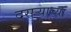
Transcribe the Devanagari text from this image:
दसऱ्‍याच्या